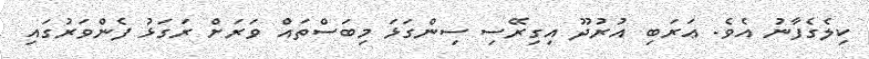
ކިލެގެފާނު އެވެ. ޢަރަބި އުރުދޫ އިގިރޭސި ސިންގަޅަ މިބަސްތައް ވަރަށް ރަގަޅު ފެންވަރުގައި